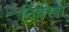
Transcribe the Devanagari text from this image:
निर्वस्त्रा